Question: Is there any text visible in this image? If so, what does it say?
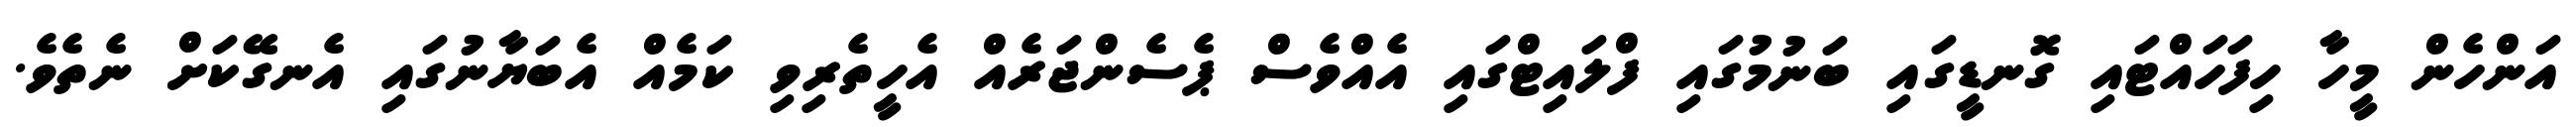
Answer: އަންހެން މީހާ ހިފަހައްޓައި ގޮނޑީގައި ބަނުމުގައި ފްލައިޓްގައި އެއްވެސް ޕެސެންޖަރެއް އެހީތެރިވި ކަމެއް އެބަޔާނުގައި އެނގޭކަށް ނެތެވެ.